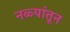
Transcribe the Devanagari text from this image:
नळ्यांतून